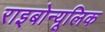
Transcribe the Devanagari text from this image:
राइबोन्यूलिक